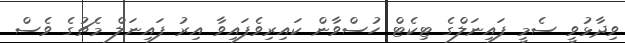
ވިދާޅުވީ ސެމީ ފައިނަލްގެ ޓިކެޓް ހުސްވާން ކައިރިވެފައިވާ އިރު ފައިނަލް މެޗުގެ ވެސް